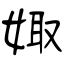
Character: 娵